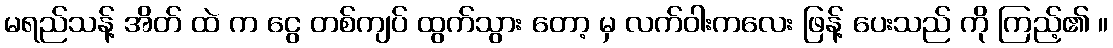
မရည်သန့် အိတ် ထဲ က ငွေ တစ်ကျပ် ထွက်သွား တော့ မှ လက်ဝါးကလေး ဖြန့် ပေးသည် ကို ကြည့်၏ ။